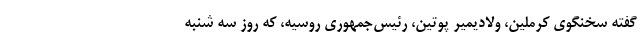
گفته سخنگوی کرملین، ولادیمیر پوتین، رئیس‌جمهوری روسیه، که روز سه شنبه